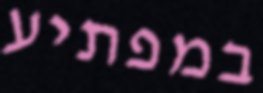
במפתיע